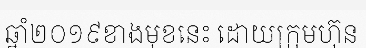
ឆ្នាំ២០១៩ខាងមុខនេះ ដោយក្រុមហ៊ុន